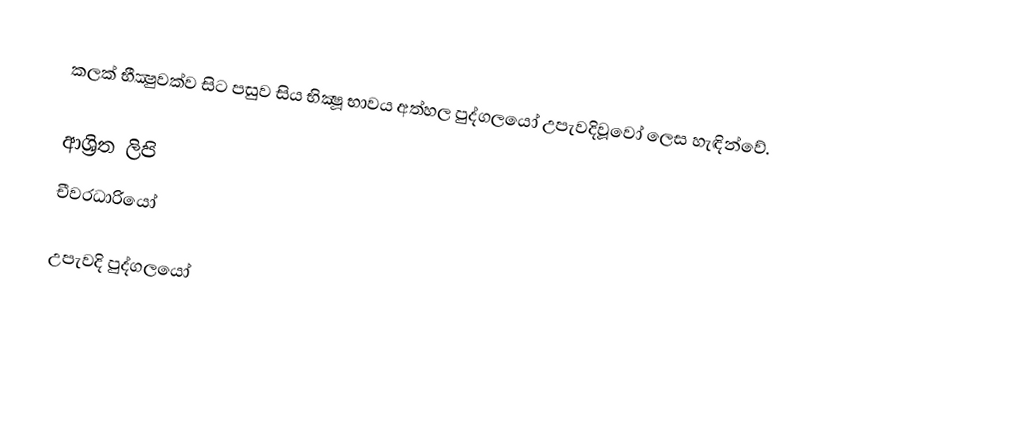
කලක් භීක්‍ෂුවක්ව සිට පසුව සිය භික්‍ෂූ භාවය අත්හල පුද්ගලයෝ උපැවදිවූවෝ ලෙස හැඳින්වේ.

ආශ්‍රිත ලිපි
 චීවරධාරියෝ

උපැවදි පුද්ගලයෝ